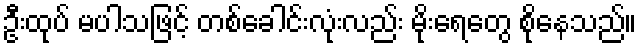
ဦးထုပ် မပါသဖြင့် တစ်ခေါင်းလုံးလည်း မိုးရေတွေ စိုနေသည်။